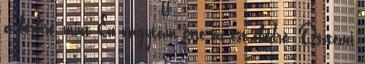
a férfire, mint Én vágytam erre az est-ebédre. Osztozni